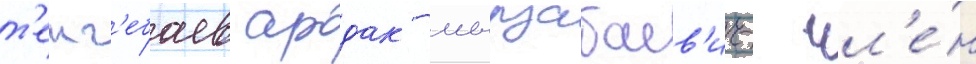
т'енг'ебаев ардак мырзабаев'ич- чл'е́н